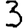
Digit: 3